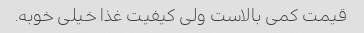
قیمت کمی بالاست ولی کیفیت غذا خیلی خوبه.